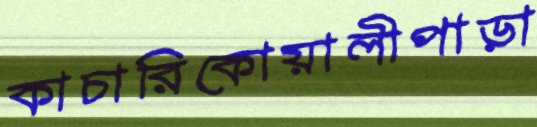
কাচারিকোয়ালীপাড়া